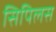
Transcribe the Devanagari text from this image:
सिपिलस